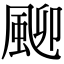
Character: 𩖴